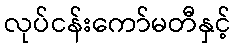
လုပ်ငန်းကော်မတီနှင့်